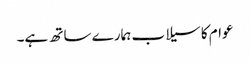
عوام کا سیلاب ہمارے ساتھ ہے۔